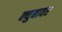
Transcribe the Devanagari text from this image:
क्युबावर